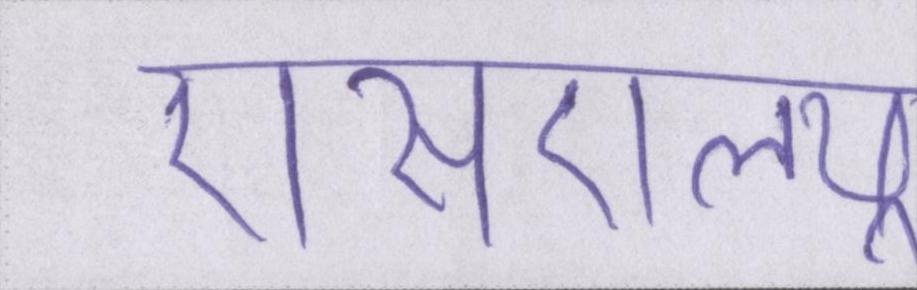
एसएलयू